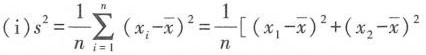
(i)$$s^{2}= \frac{1}{n}\sum _{i=1}^{n}(x_{i}- \overline{x})^{2}= \frac{1}{n}\left[(x_{1}- \overline{x})^{2}+(x_{2}- \overline{x})^{2}$$